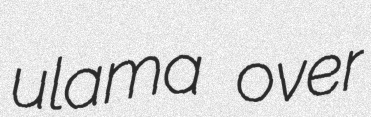
ulama over